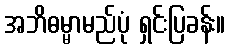
အဘိဓမ္မာမည်ပုံ ရှင်းပြခန်း။